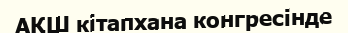
АҚШ кітапхана конгресінде